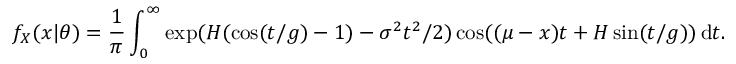
f _ { X } ( x | \theta ) = \frac { 1 } { \pi } \int _ { 0 } ^ { \infty } \exp ( H ( \cos ( t / g ) - 1 ) - \sigma ^ { 2 } t ^ { 2 } / 2 ) \cos ( ( \mu - x ) t + H \sin ( t / g ) ) \, \mathrm d t .